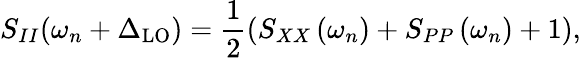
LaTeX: S_{II}(\omega_{n}+\Delta_{\mathrm{LO}})=\frac{1}{2}\left(S_{XX}\left(\omega_{n}\right)+S_{{PP}}\left(\omega_{n}\right)+1\right),